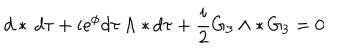
LaTeX: d * \, d \tau + i \mathrm { e } ^ { \phi } d \tau \wedge * \, d \tau + \frac { i } { 2 } G _ { 3 } \wedge * \, G _ { 3 } = 0